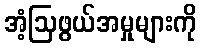
အံ့ဩဖွယ်အမှုများကို